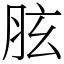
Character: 胘